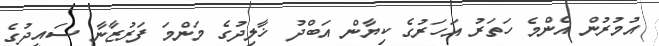
އުމުރުން އެންމެ ހަތަރު އަހަރުގެ ކިޔާން އަބްދު ޚާލިދުގެ މަންމަ ފަރުޒާނާ ސައީދުގެ